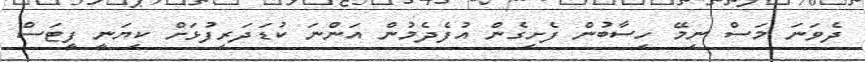
ދެވަނަ މަސް ނިމޭ ހިސާބުން ފެށިގެން އުފެދެމުން އަންނަ ކުޑަދަރިފުޅަށް ކިޔަނީ ފީޓަސް